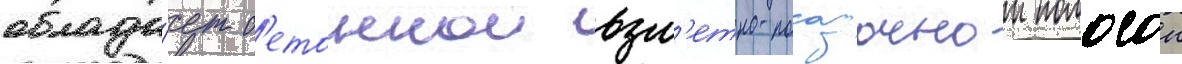
облада́ет б'етоннои взл'етно-посадочнои полосои